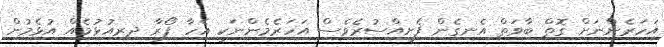
އަހަރެންނަށް ގޮތް ބާވަތް އެނގެން ފެށީއްސުރެވެސް އަހަރެމެންނަކީ އެހާ ފޯރާ ދިރިއުޅުމެއް އުޅެމުން